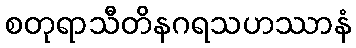
စတုရာသီတိနဂရသဟဿာနံ